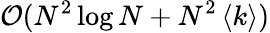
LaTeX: \mathcal{O}(N^{2}\log N+N^{2}\left<k\right>)